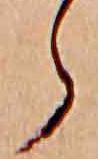
ら